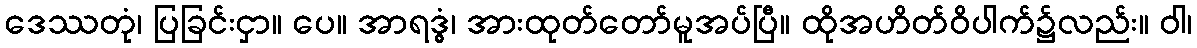
ဒေဿတုံ၊ ပြခြင်းငှာ။ ပေ။ အာရဒ္ဓွံ၊ အားထုတ်တော်မူအပ်ပြီ။ ထိုအဟိတ်ဝိပါက်၌လည်း။ ဝါ၊